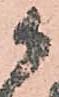
御